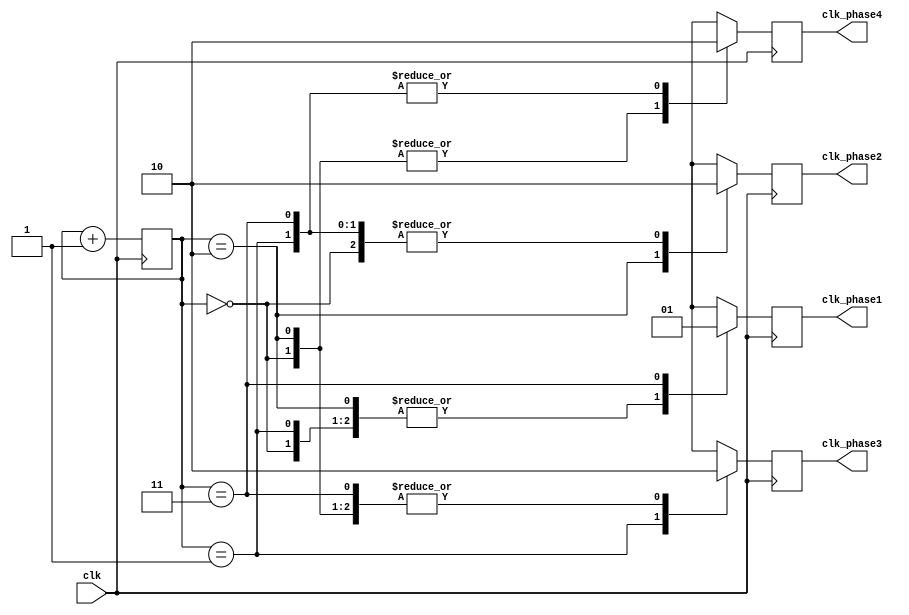
module MultiPhaseClockDivider(
    input wire clk,
    
    output reg clk_phase1,
    output reg clk_phase2,
    output reg clk_phase3,
    output reg clk_phase4
);
    
reg [1:0] counter = 2'b00;

always @(posedge clk) begin
    counter <= counter + 1;
    
    case(counter)
        2'b00: begin
            clk_phase1 <= 1'b0;
            clk_phase2 <= 1'b0;
            clk_phase3 <= 1'b0;
            clk_phase4 <= 1'b1;
        end
        2'b01: begin
            clk_phase1 <= 1'b0;
            clk_phase2 <= 1'b0;
            clk_phase3 <= 1'b1;
            clk_phase4 <= 1'b0;
        end
        2'b10: begin
            clk_phase1 <= 1'b0;
            clk_phase2 <= 1'b1;
            clk_phase3 <= 1'b0;
            clk_phase4 <= 1'b1;
        end
        2'b11: begin
            clk_phase1 <= 1'b1;
            clk_phase2 <= 1'b0;
            clk_phase3 <= 1'b0;
            clk_phase4 <= 1'b0;
        end
    endcase
end

endmodule